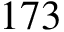
1 7 3